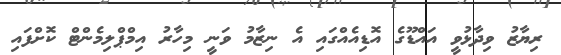
ރިޔާޒު ވިދާޅުވީ އައްޑޫގެ އޮޑިއެއްގައި އެ ނިޒާމު ވަނީ މިހާރު އިމްޕްލިމެންޓް ކޮށްފައި